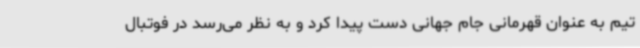
تیم به عنوان قهرمانی جام جهانی دست پیدا کرد و به نظر می‌رسد در فوتبال